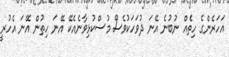
އަހަރެންގެ ހިތެއް ނުބުނެ އޭނަ ދުވަހަކުވެސް މުސްކުޅިވާނެއެކޭ އޭނަ ހިތުން އޭނަ އެހުރީ